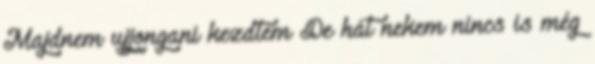
Majdnem ujjongani kezdtem De hát nekem nincs is még